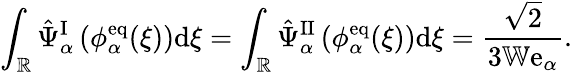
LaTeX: \begin{array}{r}{\displaystyle\int_{\mathbb{R}}\hat{\Psi}_{\alpha}^{\mathrm{I}}\left(\phi_{\alpha}^{\mathrm{eq}}(\xi)\right)\mathrm{d}\xi=\displaystyle\int_{\mathbb{R}}\hat{\Psi}_{\alpha}^{\mathrm{II}}\left(\phi_{\alpha}^{\mathrm{eq}}(\xi)\right)\mathrm{d}\xi=\frac{\sqrt{2}}{3\mathbb{W}\mathrm{e}_{\alpha}}.}\end{array}